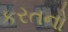
કરતનો